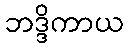
ဘဒ္ဒိကာယ